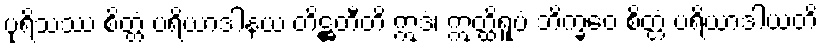
ပုရိသဿ စိတ္တံ ပရိယာဒါနယ တိဋ္ဌတီတိ ဣဒံ၊ ဣတ္ထိရူပံ ဘိက္ခဝေ စိတ္တံ ပရိယာဒါယတိ